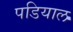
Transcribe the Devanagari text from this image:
पडियाल